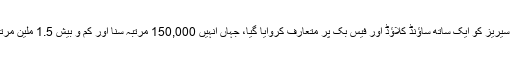
البم اور ویب سیریز کو ایک ساتھ ساؤنڈ کلاؤڈ اور فیس بک پر متعارف کروایا گیا، جہاں انہیں 150,000 مرتبہ سنا اور کم و بیش 1.5 ملین مرتبہ دیکھا گیا۔